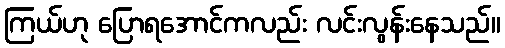
ကြယ်ဟု ပြောရအောင်ကလည်း လင်းလွန်းနေသည်။